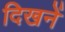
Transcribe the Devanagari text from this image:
दिखनें